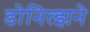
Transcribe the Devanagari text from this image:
डोनित्झने